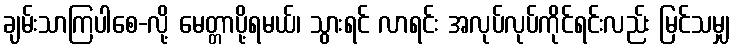
ချမ်းသာကြပါစေ-လို့ မေတ္တာပို့ရမယ်၊ သွားရင် လာရင်း အလုပ်လုပ်ကိုင်ရင်းလည်း မြင်သမျှ